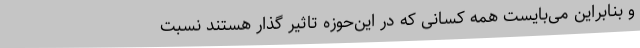
و بنابراین می‌بایست همه کسانی که در این‌حوزه تاثیر گذار هستند نسبت